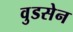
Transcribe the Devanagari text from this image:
वुडसेन